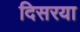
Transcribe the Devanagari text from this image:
दिसरया